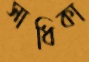
সাধিকা